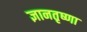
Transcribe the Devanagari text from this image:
ज्ञानतृष्णा